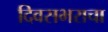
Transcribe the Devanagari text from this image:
दिवसभराचा